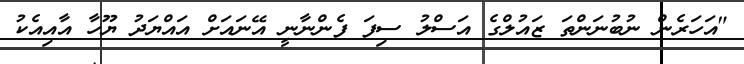
"އަހަރެން ނުބުނަންތަ ޒައުލްގެ އަސްލު ސިފަ ފެންނާނީ އޭނައަށް އައްޔަދު ޔޫހާ އާއިއެކު